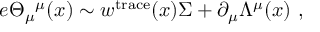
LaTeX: e \Theta _ { \mu } { } ^ { \mu } ( x ) \sim w ^ { \mathrm { t r a c e } } ( x ) \Sigma + \partial _ { \mu } \Lambda ^ { \mu } ( x ) \ ,